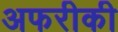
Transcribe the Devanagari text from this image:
अफरीकी